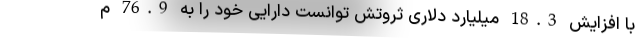
با افزایش 18.3 میلیارد دلاری ثروتش توانست دارایی خود را به 76.9 م